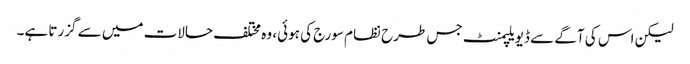
لیکن اس کی آگے سے ڈیویلپمنٹ جس طرح نظام سورج کی ہوئی، وہ مختلف حالات میں سے گزرتا ہے۔